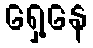
ရှေ့နေ